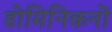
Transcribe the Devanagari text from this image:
डोमिनिकनों